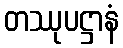
တဿုပဋ္ဌာနံ